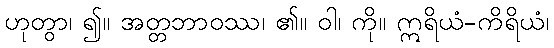
ဟုတွာ၊ ၍။ အတ္တဘာဝဿ၊ ၏။ ဝါ၊ ကို။ ဣရိယံ-ကိရိယံ၊